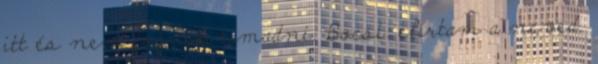
itt és nem fognak támadni. Bocsi: elírtam a neved.